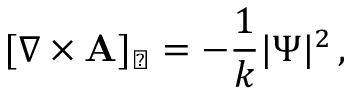
[ \nabla \times { \bf A } ] _ { \perp } = - { \frac { 1 } { k } } | \Psi | ^ { 2 } \, ,